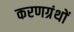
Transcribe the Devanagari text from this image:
करणग्रंथों